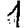
Digit: 1